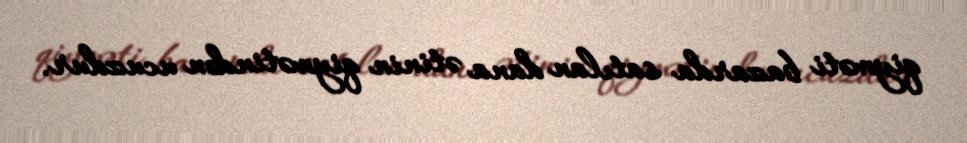
qiyməti bazarda satılan dana ətinin qiymətindən ucuzdur.